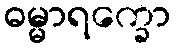
ဓမ္မာရက္ခော